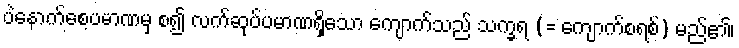
ပဲနောက်စေ့ပမာဏမှ စ၍ လက်ဆုပ်ပမာဏရှိသော ကျောက်သည် သက္ခရ (= ကျောက်စရစ်) မည်၏၊